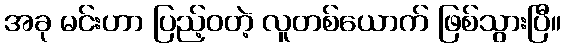
အခု မင်းဟာ ပြည့်ဝတဲ့ လူတစ်ယောက် ဖြစ်သွားပြီ။